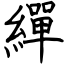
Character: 繟